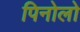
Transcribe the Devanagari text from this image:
पिनोलो